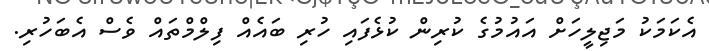
އެކަމަކު މަޖިލީހަށް އައުމުގެ ކުރިން ކުޅެފައި ހުރި ބައެއް ފިލްމްތައް ވެސް އެބަހުރި.